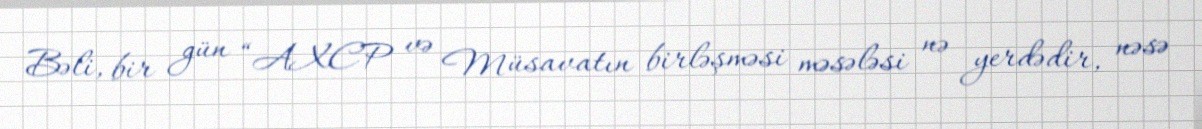
Bəli, bir gün “AXCP və Müsavatın birləşməsi məsələsi nə yerdədir, nəsə